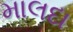
માલદા